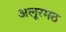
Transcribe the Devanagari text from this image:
अलूरमठ